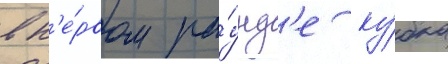
в п'е́рвом ра́унд'е ку́бка